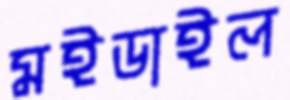
মইডাইল